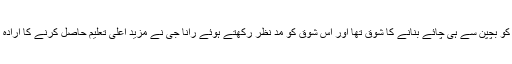
آپ کو بچپن سے ہی چائے بنانے کا شوق تھا اور اس شوق کو مد نظر رکھتے ہوئے رانا جی نے مزید اعلٰی تعلیم حاصل کرنے کا ارادہ کیا۔